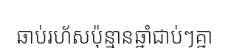
ឆាប់រហ័សប៉ុន្មានឆ្នាំជាប់ៗគ្នា